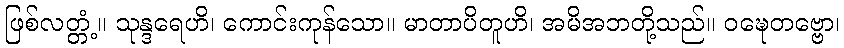
ဖြစ်လတ္တံ့။ သုန္ဒရေဟိ၊ ကောင်းကုန်သော။ မာတာပိတူဟိ၊ အမိအဘတို့သည်။ ဝဍ္ဎေတဗ္ဗော၊